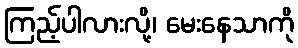
ကြည့်ပါလားလို့၊ မေးနေသာကို